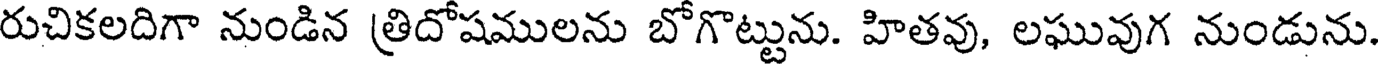
రుచికలదిగా నుండిన త్రిదోషములను బోగొట్టును. హితవు, లఘువుగ నుండును.